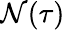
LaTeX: \mathcal{N}(\tau)